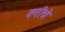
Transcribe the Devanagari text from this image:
वणीचे